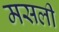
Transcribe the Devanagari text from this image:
मसली